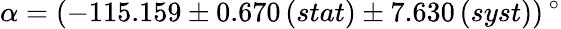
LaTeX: \alpha=(-115.159\pm 0.670\, (stat)\pm 7.630\, (syst))\, ^{\circ}